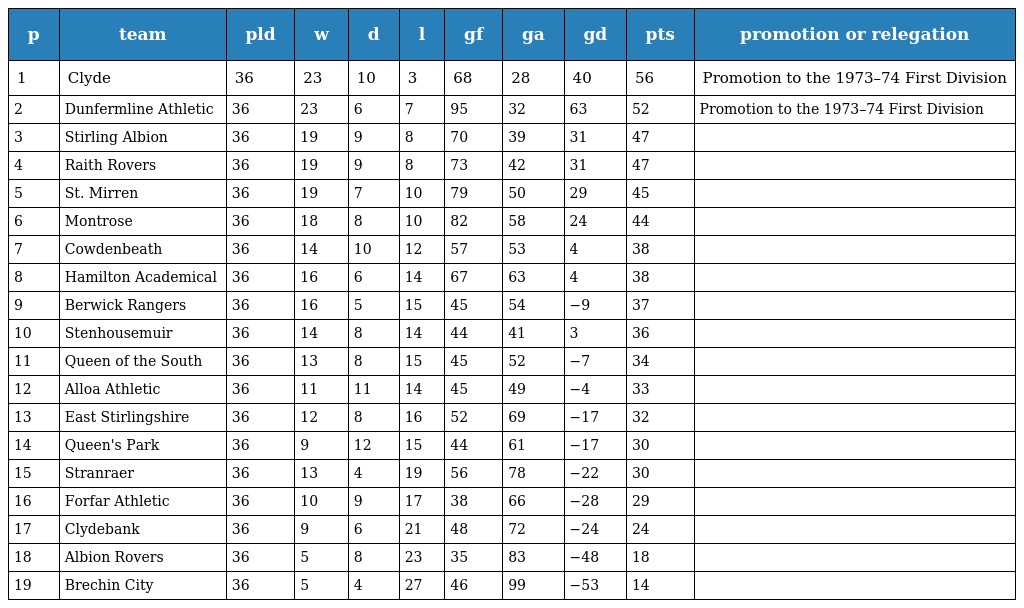
| p | team | pld | w | d | l | gf | ga | gd | pts | promotion or relegation |
 | --- | --- | --- | --- | --- | --- | --- | --- | --- | --- | --- |
 | 1 | Clyde | 36 | 23 | 10 | 3 | 68 | 28 | 40 | 56 | Promotion to the 1973–74 First Division |
 | 2 | Dunfermline Athletic | 36 | 23 | 6 | 7 | 95 | 32 | 63 | 52 | Promotion to the 1973–74 First Division |
 | 3 | Stirling Albion | 36 | 19 | 9 | 8 | 70 | 39 | 31 | 47 |  |
 | 4 | Raith Rovers | 36 | 19 | 9 | 8 | 73 | 42 | 31 | 47 |  |
 | 5 | St. Mirren | 36 | 19 | 7 | 10 | 79 | 50 | 29 | 45 |  |
 | 6 | Montrose | 36 | 18 | 8 | 10 | 82 | 58 | 24 | 44 |  |
 | 7 | Cowdenbeath | 36 | 14 | 10 | 12 | 57 | 53 | 4 | 38 |  |
 | 8 | Hamilton Academical | 36 | 16 | 6 | 14 | 67 | 63 | 4 | 38 |  |
 | 9 | Berwick Rangers | 36 | 16 | 5 | 15 | 45 | 54 | −9 | 37 |  |
 | 10 | Stenhousemuir | 36 | 14 | 8 | 14 | 44 | 41 | 3 | 36 |  |
 | 11 | Queen of the South | 36 | 13 | 8 | 15 | 45 | 52 | −7 | 34 |  |
 | 12 | Alloa Athletic | 36 | 11 | 11 | 14 | 45 | 49 | −4 | 33 |  |
 | 13 | East Stirlingshire | 36 | 12 | 8 | 16 | 52 | 69 | −17 | 32 |  |
 | 14 | Queen's Park | 36 | 9 | 12 | 15 | 44 | 61 | −17 | 30 |  |
 | 15 | Stranraer | 36 | 13 | 4 | 19 | 56 | 78 | −22 | 30 |  |
 | 16 | Forfar Athletic | 36 | 10 | 9 | 17 | 38 | 66 | −28 | 29 |  |
 | 17 | Clydebank | 36 | 9 | 6 | 21 | 48 | 72 | −24 | 24 |  |
 | 18 | Albion Rovers | 36 | 5 | 8 | 23 | 35 | 83 | −48 | 18 |  |
 | 19 | Brechin City | 36 | 5 | 4 | 27 | 46 | 99 | −53 | 14 |  |